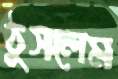
ঠুসলেম